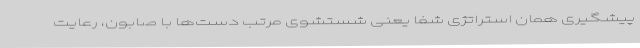
پیشگیری همان استراتژی شفا یعنی شستشوی مرتب دست‌ها با صابون، رعایت